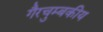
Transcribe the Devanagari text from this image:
गैरचुम्बकीय